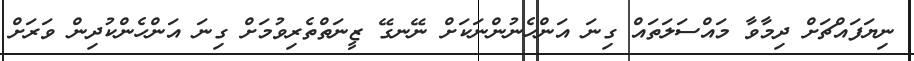
ނިޔަފައްޗަށް ދިމާވާ މައްސަލަތައް ގިނަ އަންހެނުންނަކަށް ނޭނގޭ ޒީނަތްތެރިވުމަށް ގިނަ އަންހެންކުދިން ވަރަށް